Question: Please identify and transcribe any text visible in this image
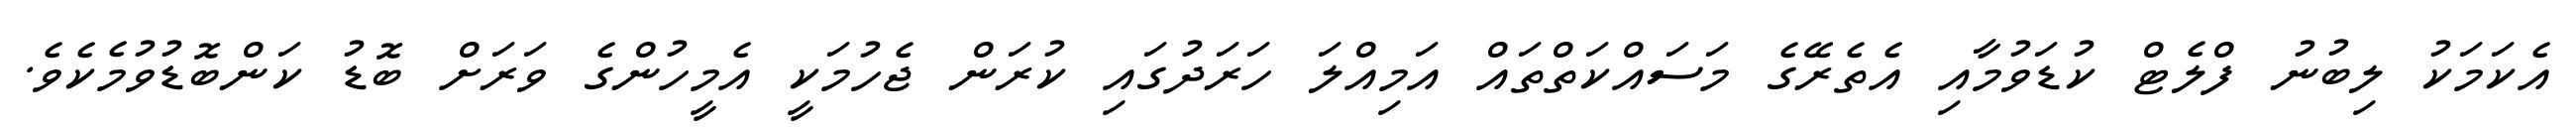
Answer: އެކަމަކު ލިބުނު ފްލެޓް ކުޑަވުމާއި އެތެރޭގެ މަސައްކަތްތައް އަމިއްލަ ހަރަދުގައި ކުރަން ޖެހުމަކީ އެމީހުންގެ ވަރަށް ބޮޑު ކަންބޮޑުވުމެކެވެ.